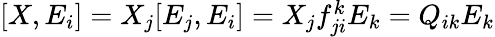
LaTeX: \begin{array}{r}{[X,E_{i}]=X_{j}[E_{j},E_{i}]=X_{j}f_{ji}^{k}E_{k}=Q_{ik}E_{k}}\end{array}